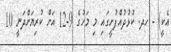
އެކީ) - ހދ. ކުޅުދުއްފުށީގައި މި މަހުގެ 9-12 އަށް ކުރިޔަށްދަނީ 10